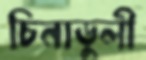
চিনাডুলী